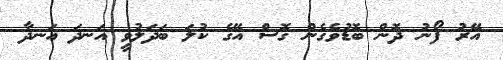
އޭރު ފޯނު ދޮން ބޮޑުވެގެން ގޮސް އޭގެ ކުލަ ބަދަލުވީ އަނދަ އަނދާ